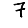
Digit: 7